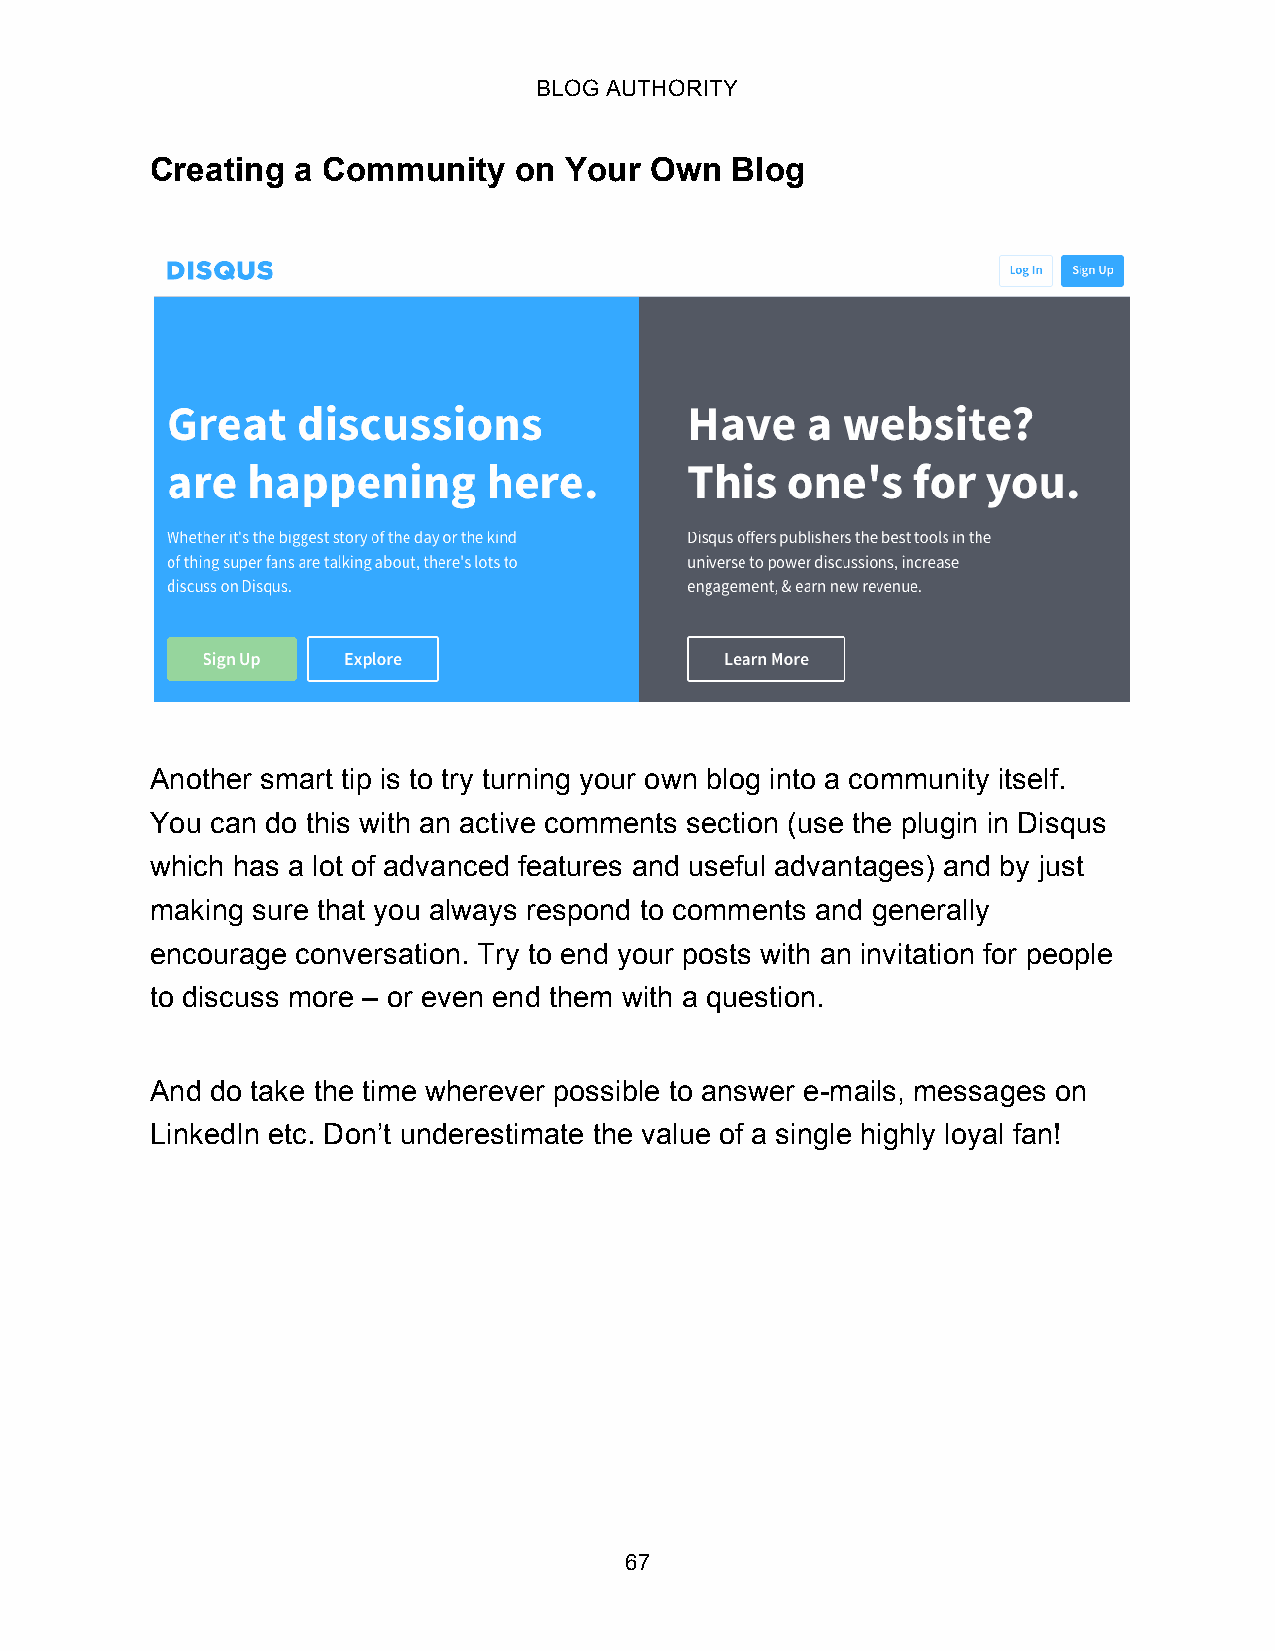
BLOG AUTHORITY
 Creating a Community    on Your  Own  Blog
 Another smart tip is to try turning your own blog into a community itself.
 You can do this with an active comments section (use the plugin in Disqus
 which has a lot of advanced features and useful advantages) and by just
 making sure that you always respond to comments and generally
 encourage conversation. Try to end your posts with an invitation for people
 to discuss more – or even end them with a question.
 And do take the time wherever possible to answer e-mails, messages on
 LinkedIn etc. Don’t underestimate the value of a single highly loyal fan!
 67